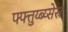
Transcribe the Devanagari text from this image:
फ्फ्त्तुय्ब्य्सेस्र